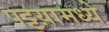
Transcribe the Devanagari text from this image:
पट्टय़ामध्ये